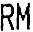
RM